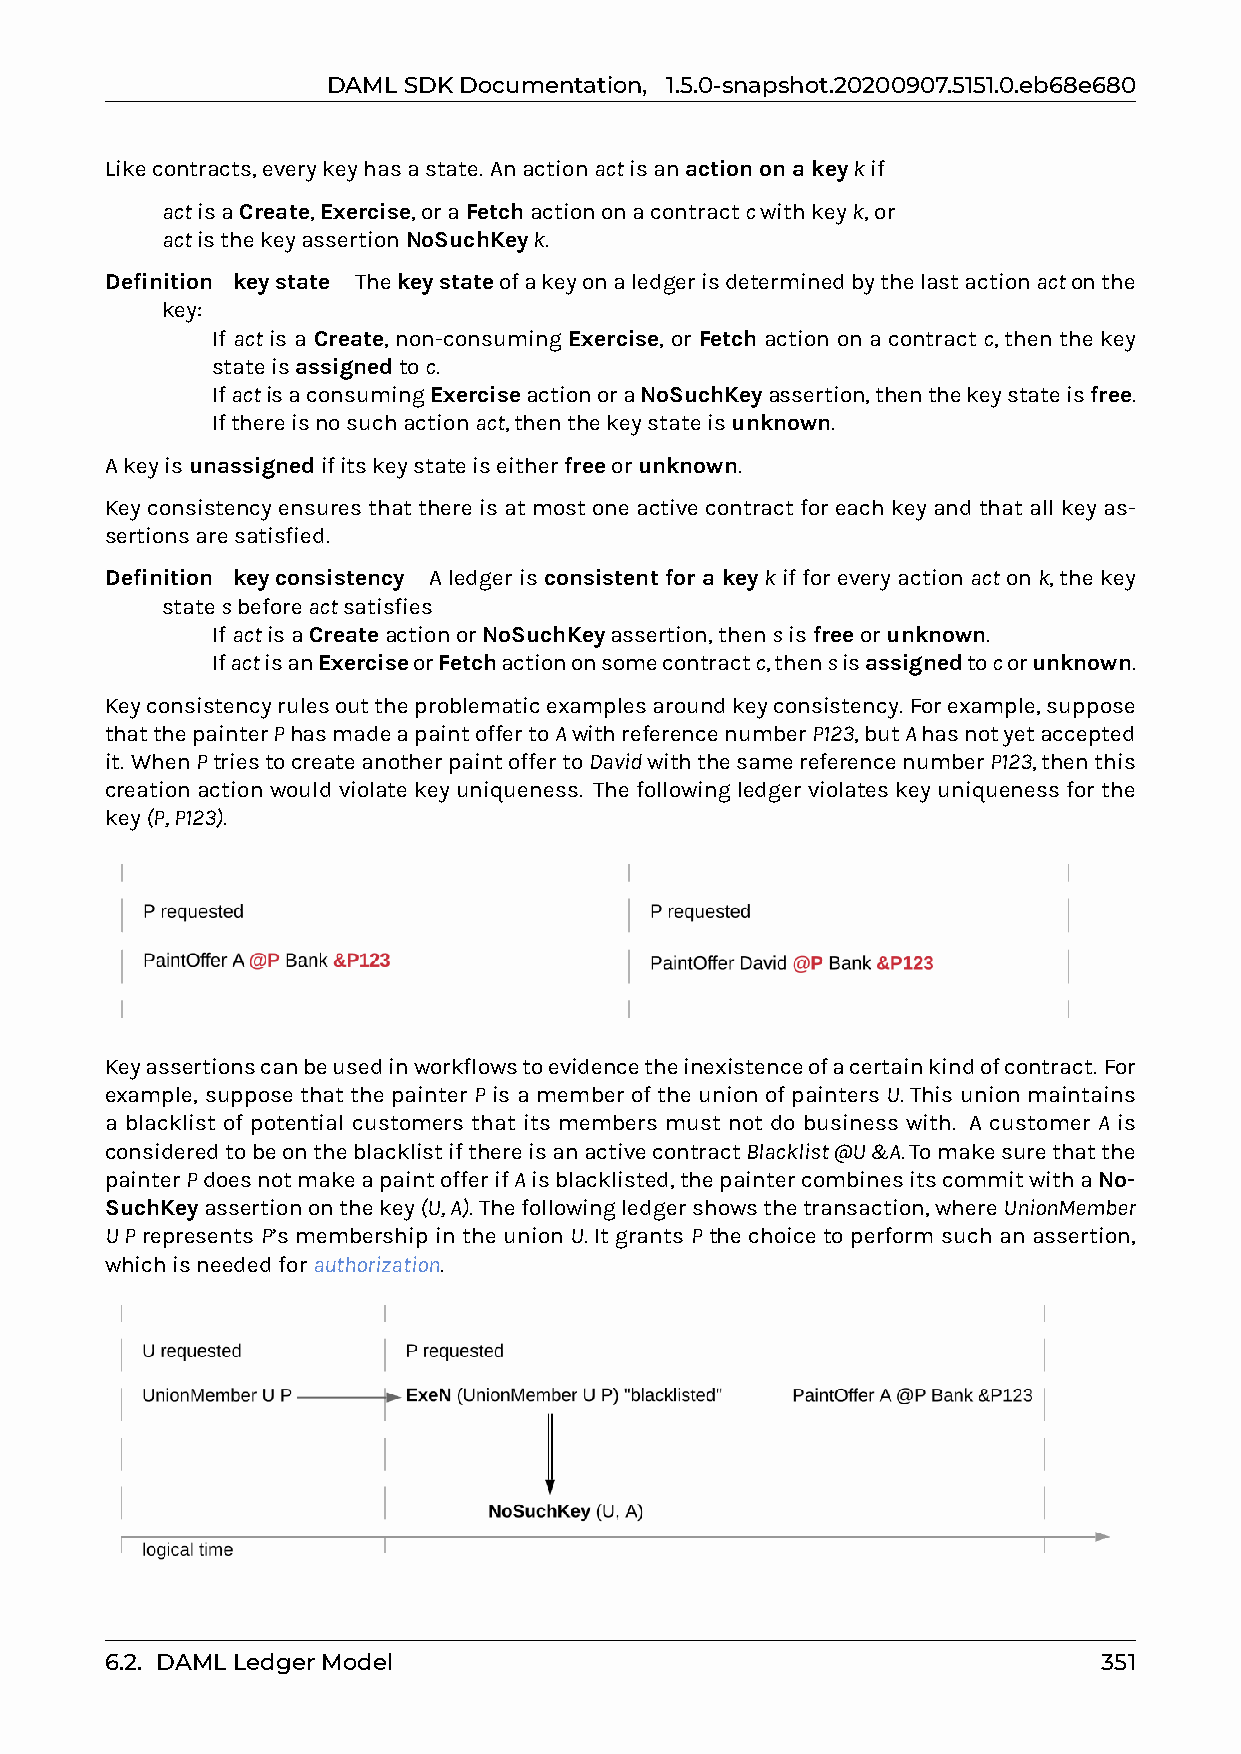
DAMLSDKDocumentation, 1.5.0-snapshot.20200907.5151.0.eb68e680
 Likecontracts,everykeyhasastate. Anactionactisanactiononakeykif
 0 actisaCreate,Exercise,oraFetchactiononacontractcwithkeyk,or
 0 actisthekeyassertionNoSuchKeyk.
 Definition�keystate� Thekeystateofakeyonaledgerisdeterminedbythelastactionactonthe
 key:
 0 If act is a Create, non-consuming Exercise, or Fetch action on a contract c, then the key
 stateisassignedtoc.
 0 IfactisaconsumingExerciseactionoraNoSuchKeyassertion,thenthekeystateisfree.
 0 Ifthereisnosuchactionact,thenthekeystateisunknown.
 Akeyisunassignedifitskeystateiseitherfreeorunknown.
 Keyconsistency ensures that there is at most one activecontract for each key and that all key as-
 sertionsaresatisfied.
 Definition�keyconsistency� Aledgerisconsistent for a keykifforeveryactionactonk,thekey
 statesbeforeactsatisfies
 0 IfactisaCreateactionorNoSuchKeyassertion,thensisfreeorunknown.
 0 IfactisanExerciseorFetchactiononsomecontractc,thensisassignedtocorunknown.
 Keyconsistencyrulesouttheproblematicexamplesaroundkeyconsistency. Forexample,suppose
 thatthepainterPhasmadeapaintoffertoAwithreferencenumberP123,butAhasnotyetaccepted
 it. WhenPtriestocreateanotherpaintoffertoDavidwiththesamereferencenumberP123,thenthis
 creationactionwouldviolatekeyuniqueness. Thefollowingledgerviolateskeyuniquenessforthe
 key(P,P123).
 Keyassertionscanbeusedinworkflowstoevidencetheinexistenceofacertainkindofcontract. For
 example, suppose that the painter P is a member of the union of painters U. This union maintains
 a blacklist of potential customers that its members must not do business with. A customer A is
 consideredtobeontheblacklistifthereisanactivecontractBlacklist@U&A.Tomakesurethatthe
 painterPdoesnotmakeapaintofferifAisblacklisted,thepaintercombinesitscommitwithaNo-
 SuchKeyassertiononthekey(U,A).Thefollowingledgershowsthetransaction,whereUnionMember
 UP represents P’s membership in the union U. It grants P the choice to perform such an assertion,
 whichisneededforauthorization.
 6.2. DAMLLedgerModel                                              351